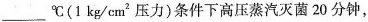
___℃( 1 kg/cm ^{2} 压力)条件下高压蒸汽灭菌20分钟，